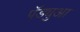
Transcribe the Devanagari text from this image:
पॅड्युआ